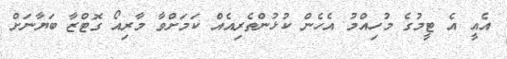
އެއީ އެ ޓީމުގެ މުހިއްމު އެހެން ކުޅުންތެރިއެއް ކަމަށްވާ މާރިއޯ ގޮޓްޒާ ބަޔާނަށް